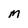
Character: M